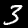
Label: 3